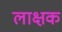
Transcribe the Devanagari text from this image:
लाक्षक